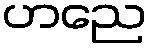
ဟညေ